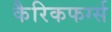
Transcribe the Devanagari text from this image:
कैरिकफर्ग्स